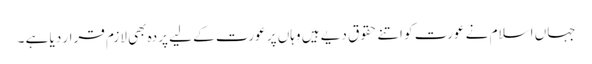
جہاں اسلام نے عورت کو اتنے حقوق دیے ہیں وہاں پر عورت کے لیے پردہ بھی لازم قرار دیا ہے ۔